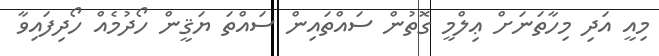
މިއީ އަދި މިހާތަނަށް ޢިލްމީ ގޮތުން ސައްތައިން ސައްތަ ޔަޤީން ހޯދުމެއް ހޯދިފައިވާ